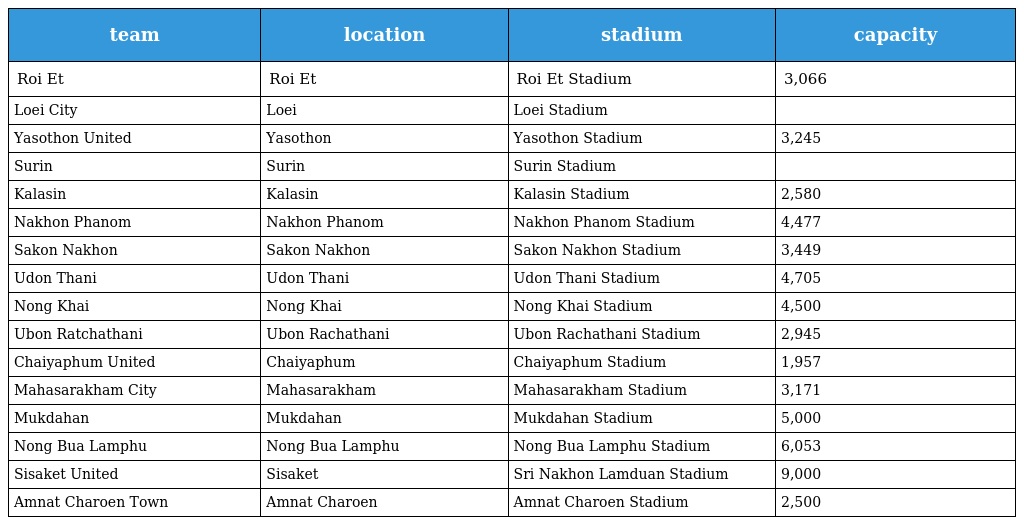
| team | location | stadium | capacity |
 | --- | --- | --- | --- |
 | Roi Et | Roi Et | Roi Et Stadium | 3,066 |
 | Loei City | Loei | Loei Stadium |  |
 | Yasothon United | Yasothon | Yasothon Stadium | 3,245 |
 | Surin | Surin | Surin Stadium |  |
 | Kalasin | Kalasin | Kalasin Stadium | 2,580 |
 | Nakhon Phanom | Nakhon Phanom | Nakhon Phanom Stadium | 4,477 |
 | Sakon Nakhon | Sakon Nakhon | Sakon Nakhon Stadium | 3,449 |
 | Udon Thani | Udon Thani | Udon Thani Stadium | 4,705 |
 | Nong Khai | Nong Khai | Nong Khai Stadium | 4,500 |
 | Ubon Ratchathani | Ubon Rachathani | Ubon Rachathani Stadium | 2,945 |
 | Chaiyaphum United | Chaiyaphum | Chaiyaphum Stadium | 1,957 |
 | Mahasarakham City | Mahasarakham | Mahasarakham Stadium | 3,171 |
 | Mukdahan | Mukdahan | Mukdahan Stadium | 5,000 |
 | Nong Bua Lamphu | Nong Bua Lamphu | Nong Bua Lamphu Stadium | 6,053 |
 | Sisaket United | Sisaket | Sri Nakhon Lamduan Stadium | 9,000 |
 | Amnat Charoen Town | Amnat Charoen | Amnat Charoen Stadium | 2,500 |